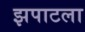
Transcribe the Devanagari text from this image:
झपाटला